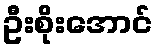
ဦးစိုးအောင်